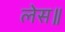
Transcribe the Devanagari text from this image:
लेस॥